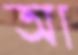
আ